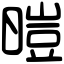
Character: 暟